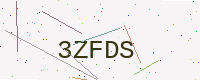
Text: 3ZFDS